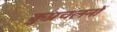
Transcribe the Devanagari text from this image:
कुप्रचलनों